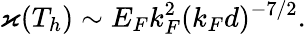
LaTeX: \varkappa(T_{h})\sim E_{F}k_{F}^{2}(k_{F}d)^{-7/2}.